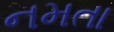
નમતા